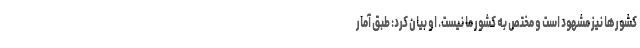
کشور‌ها نیز مشهود است و مختص به کشور ما نیست. او بیان کرد: طبق آمار